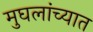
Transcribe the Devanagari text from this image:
मुघलांच्यात